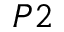
P 2